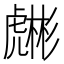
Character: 𧈇